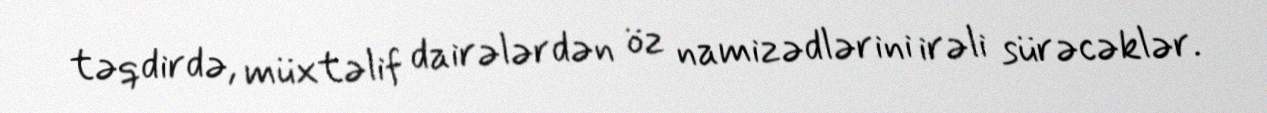
təqdirdə, müxtəlif dairələrdən öz namizədlərini irəli sürəcəklər.